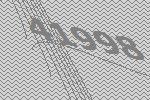
41998